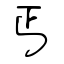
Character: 丐